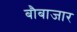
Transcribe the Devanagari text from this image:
बौबाजार